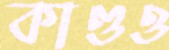
কাণ্ডও